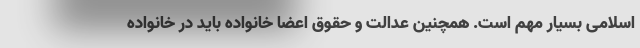
اسلامی بسیار مهم است. همچنین عدالت و حقوق اعضا خانواده باید در خانواده